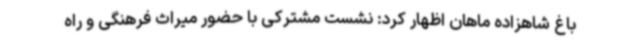
باغ شاهزاده ماهان اظهار کرد: نشست مشترکی با حضور میراث فرهنگی و راه